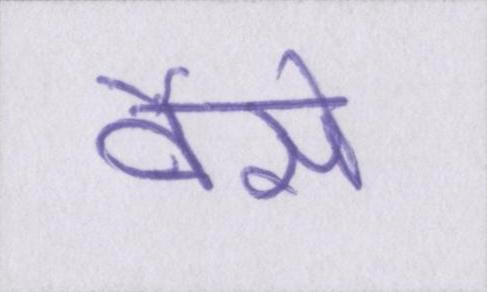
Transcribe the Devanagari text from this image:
वैसे